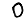
Digit: 0